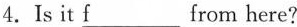
4.Is it \underline{f} from here?